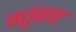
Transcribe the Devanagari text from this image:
ततुंवाद्य